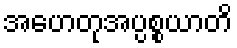
အဟေတုအပ္ပစ္စယာတိ